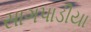
સાગપાડીયા